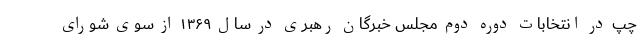
چپ در انتخابات دوره دوم مجلس خبرگان رهبری در سال ۱۳۶۹ از سوی شورای